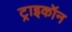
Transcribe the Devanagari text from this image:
ट्राइकॉन